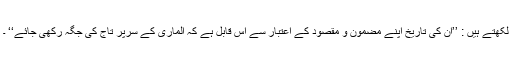
لکھتے ہیں : ’’ان کی تاریخ اپنے مضمون و مقصود کے اعتبار سے اس قابل ہے کہ الماری کے سرپر تاج کی جگہ رکھی جائے‘‘ ۔